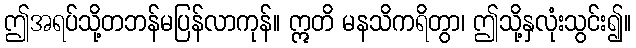
ဤအရပ်သို့တဘန်မပြန်လာကုန်။ ဣတိ မနသိကရိတွာ၊ ဤသို့နှလုံးသွင်း၍။